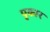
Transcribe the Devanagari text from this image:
पृकार